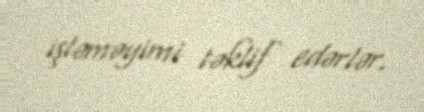
işləməyimi təklif edərlər.